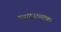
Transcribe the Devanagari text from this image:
स्वादुकण्टकः